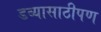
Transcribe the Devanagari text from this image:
डब्यासाठीपण